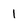
Character: 1